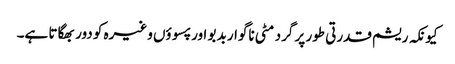
کیونکہ ریشم قدرتی طور پر گرد مٹی ناگوار بدبو اور پسوؤں وغیرہ کو دور بھگاتا ہے۔